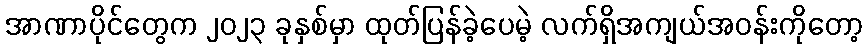
အာဏာပိုင်တွေက ၂၀၂၃ ခုနှစ်မှာ ထုတ်ပြန်ခဲ့ပေမဲ့ လက်ရှိအကျယ်အဝန်းကိုတော့